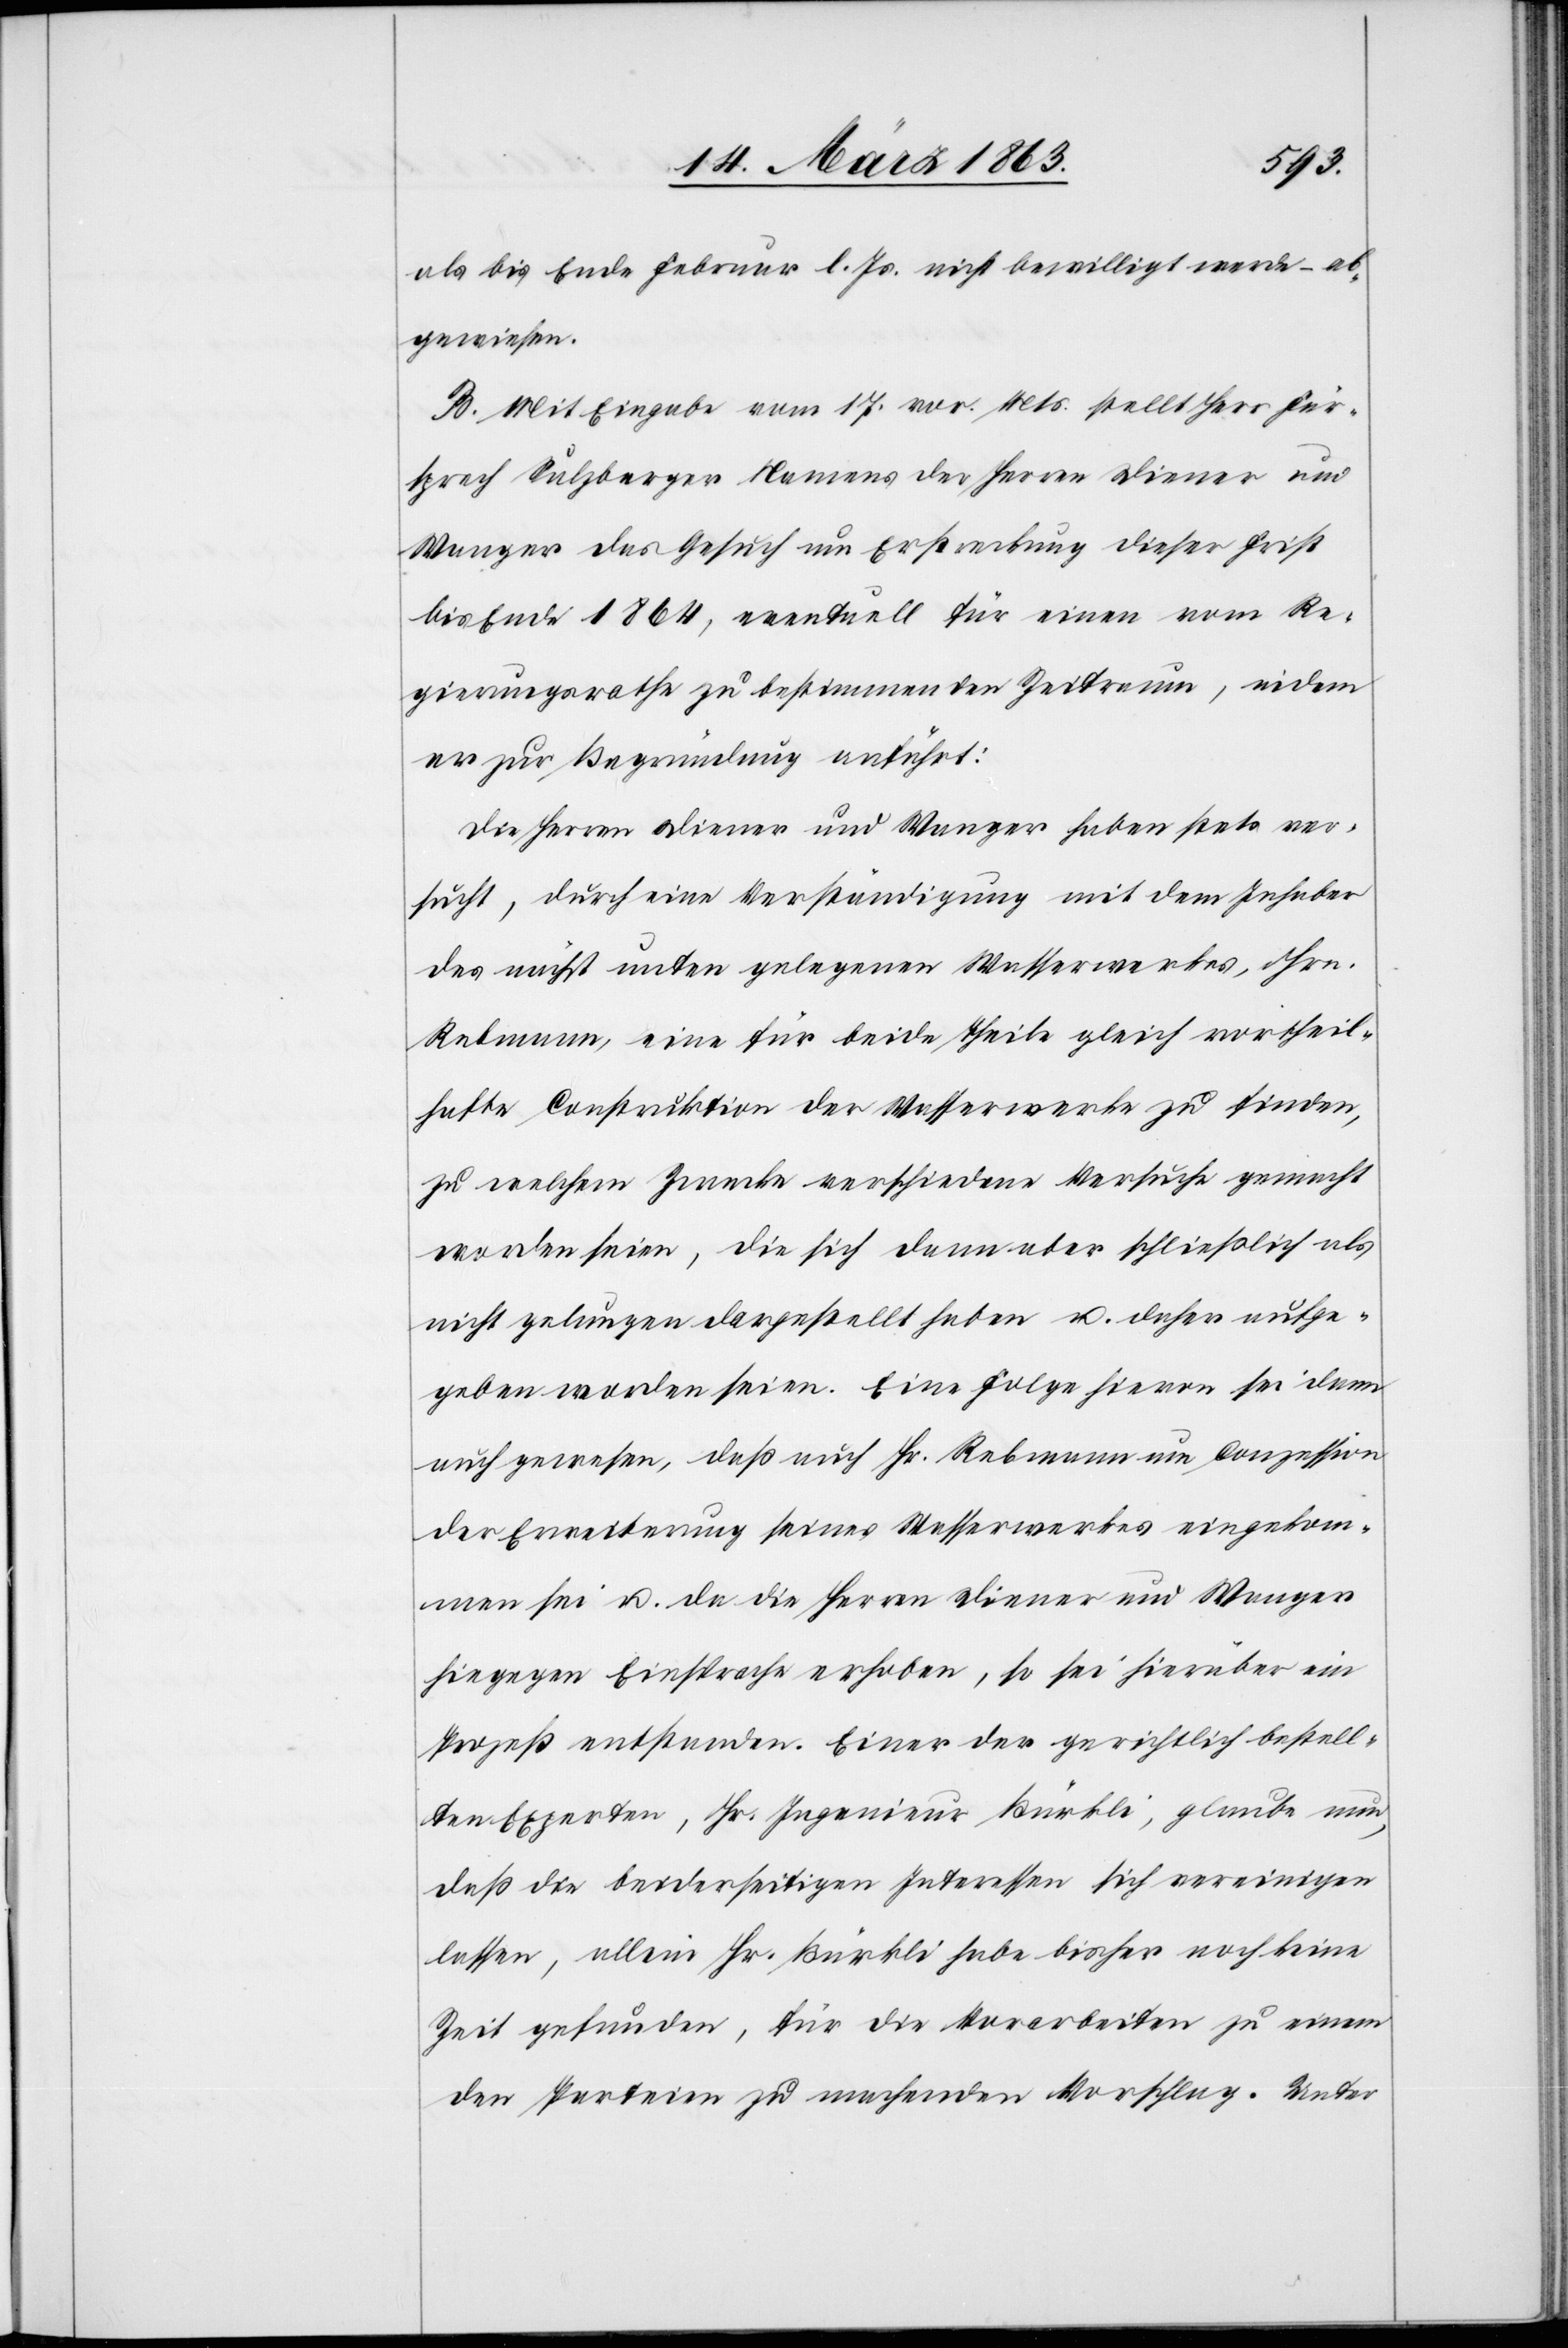
als bis Ende Februar l. Js. nicht bewilligt werde – ab¬
gewiesen.
B. Mit Eingabe vom 17. vor. Mts. stellt Herr Für¬
sprech Sulzberger Namens der Herren Diener und
Wanger das Gesuch um Erstreckung dieser Frist
bis Ende 1864, eventuell für einen vom Re¬
gierungsrathe zu bestimmenden Zeitraum, indem
er zur Begründung anführt:
Die Herren Diener und Wanger haben stets ver¬
sucht, durch eine Verständigung mit dem Inhaber
des nächst unten gelegenen Wasserwerkes, Hrn.
Rebmann, eine für beide Theile gleich vortheil¬
hafte Construktion der Wasserwerke zu finden,
zu welchem Zwecke verschiedene Versuche gemacht
worden seien, die sich dann aber schließlich als
nicht gelungen dargestellt haben u. daher aufge¬
geben worden seien. Eine Folge hievon sei dann
auch gewesen, daß auch Hr. Rebmann um Conzession
der Erweiterung seines Wasserwerkes eingekom¬
men sei u. da die Herren Diener und Wanger
hingegen Einsprache erhoben, so sei hierüber ein
Prozeß entstanden. Einer der gerichtlich bestell¬
ten Experten, Hr. Ingenieur Bürkli, glaube nun,
daß die beiderseitigen Interessen sich vereinigen
lassen, allein Hr. Bürkli habe bisher noch keine
Zeit gefunden, für die Vorarbeiten zu einem
den Parteien zu machenden Vorschlag. Unter